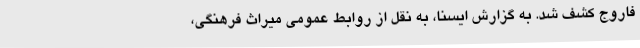
فاروج کشف شد. به گزارش ایسنا، به نقل از روابط عمومی میراث فرهنگی،